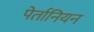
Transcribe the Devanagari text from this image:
पेर्तानियन